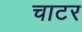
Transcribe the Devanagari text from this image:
चाटर